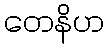
တေနိဟ